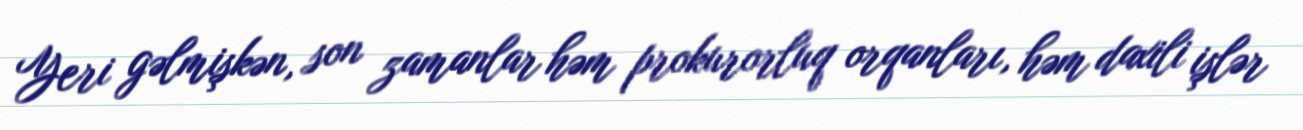
Yeri gəlmişkən, son zamanlar həm prokurorluq orqanları, həm daxili işlər